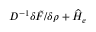
D ^ { - 1 } { \delta \tilde { F } } / { \delta \rho } + \widehat H _ { e }